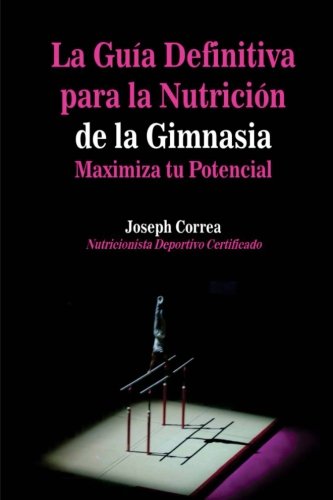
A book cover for La Guia Definitiva para la Nutricion de la Gimnasia: Maximiza tu Potencial (Spanish Edition); Joseph Correa (Nutricionista Deportivo Certificado); Sports & Outdoors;